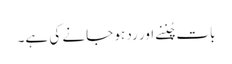
بات چُننے اور رد ہو جانے کی ہے۔